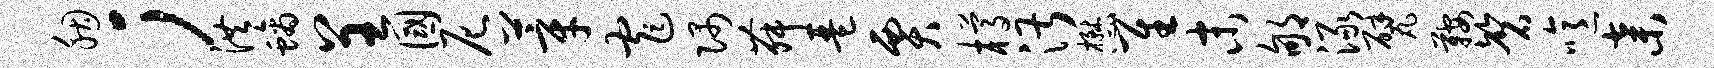
胭；洪螭呈国尼莘窄隅舞琶贾樽湛懋隹末郇渌甓鞍磬噫弃